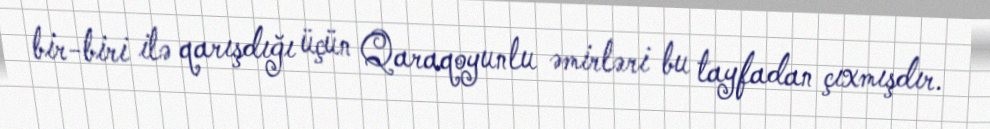
bir-biri ilə qarışdığı üçün Qaraqoyunlu əmirləri bu tayfadan çıxmışdır.